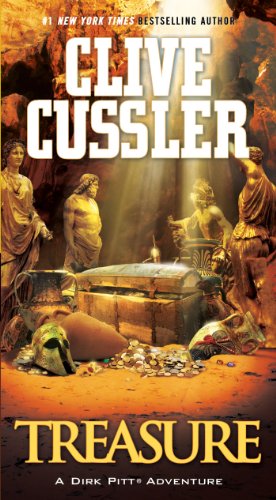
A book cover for Treasure (Dirk Pitt Adventures); Clive Cussler; Literature & Fiction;